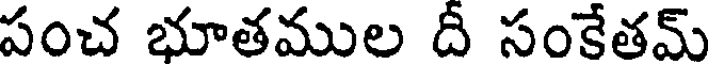
పంచ భూతముల దీ సంకేతమ్